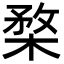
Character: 楘